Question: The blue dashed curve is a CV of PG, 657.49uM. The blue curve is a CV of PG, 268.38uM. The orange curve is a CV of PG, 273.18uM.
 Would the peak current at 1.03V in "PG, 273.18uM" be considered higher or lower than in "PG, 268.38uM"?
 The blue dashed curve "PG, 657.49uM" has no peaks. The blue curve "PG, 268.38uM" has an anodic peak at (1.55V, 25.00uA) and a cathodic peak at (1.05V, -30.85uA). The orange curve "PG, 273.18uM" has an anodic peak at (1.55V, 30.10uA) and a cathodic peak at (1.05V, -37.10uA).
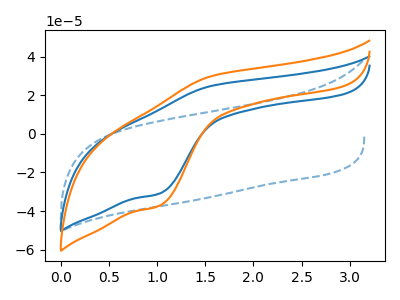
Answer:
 <answer>The peak at 1.03V is higher in "PG, 273.18uM" than in "PG, 268.38uM".</answer>
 <eval>higher</eval>